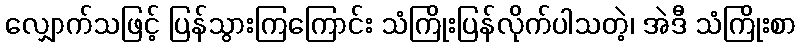
လျှောက်သဖြင့် ပြန်သွားကြကြောင်း သံကြိုးပြန်လိုက်ပါသတဲ့၊ အဲဒီ သံကြိုးစာ